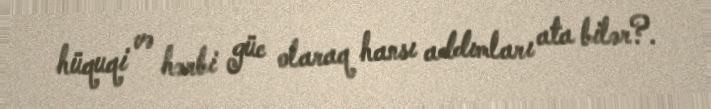
hüquqi və hərbi güc olaraq hansı addımları ata bilər?.